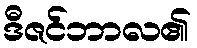
ဒီဇင်ဘာလ၏